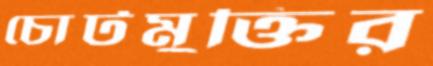
চোটমুক্তির